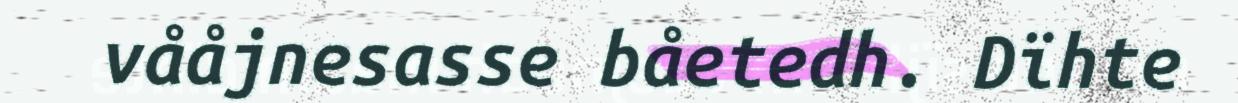
vååjnesasse båetedh. Dïhte